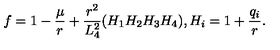
f = 1 - \frac { \mu } { r } + \frac { r ^ { 2 } } { L _ { 4 } ^ { 2 } } ( H _ { 1 } H _ { 2 } H _ { 3 } H _ { 4 } ) , H _ { i } = 1 + \frac { q _ { i } } { r } .